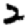
Digit: 2